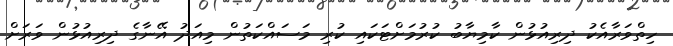
ހިތްވަރާއެކު ދިރިއުޅުން ކާމިޔާބު ކުރުމަށްޓަކައި ކުރި މަސައްކަތުން މިއަދު އޭނާގެ ދިރިއުޅުން ވަރަށް